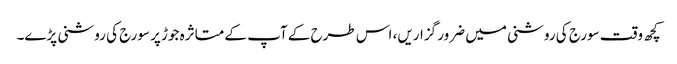
کچھ وقت سورج کی روشنی میں ضرور گزاریں، اس طرح کے آپ کے متاثرہ جوڑ پر سورج کی روشنی پڑے۔